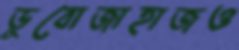
ডুবোজাহাজও